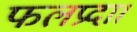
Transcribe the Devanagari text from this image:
फलप्रदा।